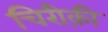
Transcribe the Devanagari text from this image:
चिरीक़ी